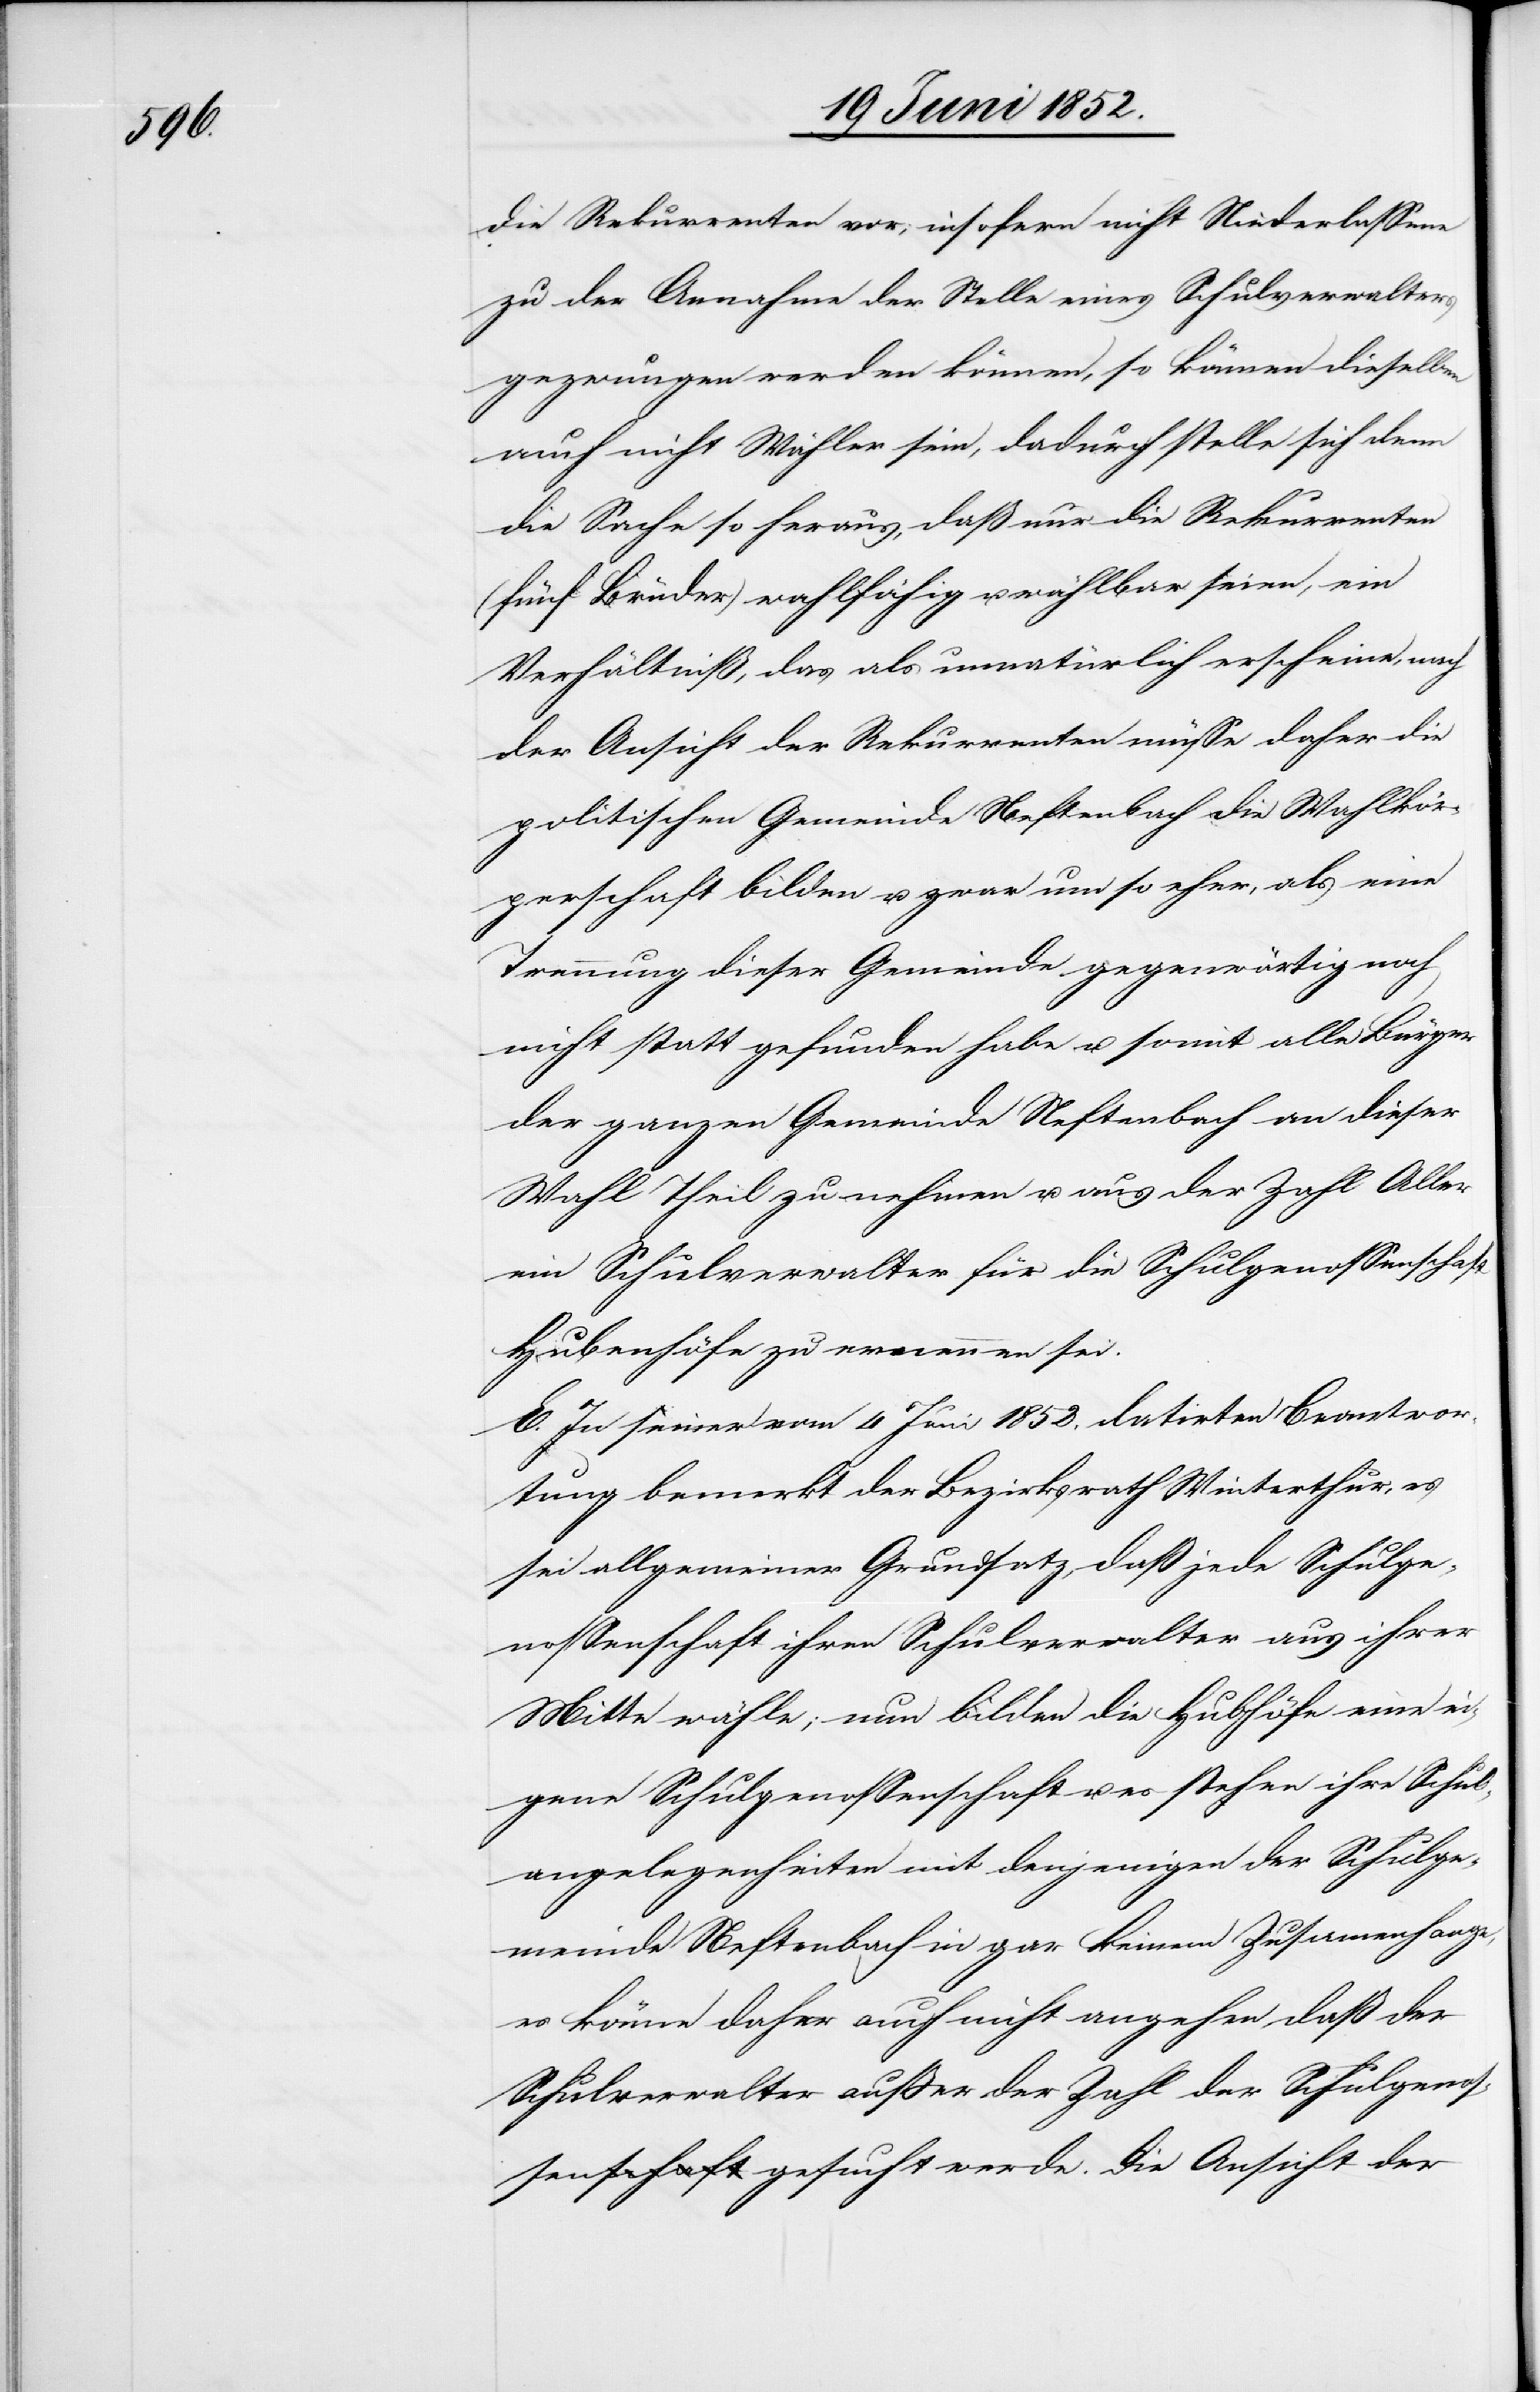
die Rekurrenten vor; insofern nicht Nieder[ge]lassene
zu der Annahme der Stelle eines Schulverwalters
gezwungen werden können, so können dieselben
auch nicht Wähler sein, dadurch stelle sich denn
die Sache so heraus, daß nur die Rekurrenten
(fünf Brüder) wahlfähig u. wählbar seien, ein
Verhältniß, das als unnatürlich erscheine, nach
der Ansicht der Rekurrenten müsse daher die
politischen [sic!] Gemeinde Neftenbach die Wahlkör¬
perschaft bilden u. zwar um so eher, als eine
Trennung dieser Gemeinde gegenwärtig noch
nicht statt gefunden habe u. somit alle Bürger
der ganzen Gemeinde Neftenbach an dieser
Wahl Theil zu nehmen u. aus der Zahl Aller
ein Schulverwalter für die Schulgenossenschaft
Hubenhöfe zu ernennen sei.
E. In seiner vom 4 Juni 1852. datirten Beantwor¬
tung bemerkt der Bezirksrath Winterthur, es
sei allgemeiner Grundsatz, daß jede Schulge¬
nossenschaft ihren Schulverwalter aus ihrer
Mitte wähle; nun bilden die Hubhöfe eine ei¬
gene Schulgenossenschaft u. es stehen ihre Schul¬
angelegenheiten mit denjenigen der Schulge¬
meinde Neftenbach in gar keinem Zusam[m]enhange,
es könne daher auch nicht angehen, daß der
Schulverwalter außer der Zahl der Schulgenos¬
senschaft gesucht werde. Die Ansicht der